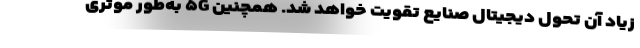
زیاد آن تحول دیجیتال صنایع تقویت خواهد شد. همچنین ۵G به‌طور موثری